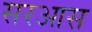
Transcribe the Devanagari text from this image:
सरआस